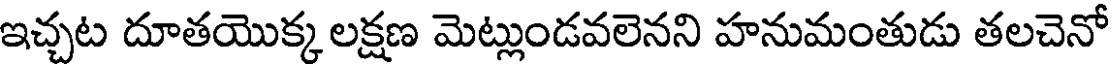
ఇచ్చట దూతయొక్క లక్షణ మెట్లుండవలెనని హనుమంతుడు తలచెనో